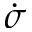
\dot { \sigma }